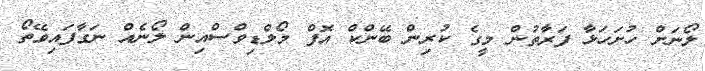
ލޯނަށް ހުށަހަޅާ ފަރާތުން މީގެ ކުރިން ބޭންކް އޮފް މޯލްޑިވްސްއިން ލޯނެއް ނަގާފައިވޭތޯ